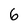
Character: 6